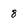
Character: 8